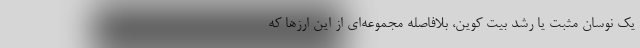
یک نوسان مثبت یا رشد بیت کوین، بلافاصله مجموعه‌ای از این ارزها که